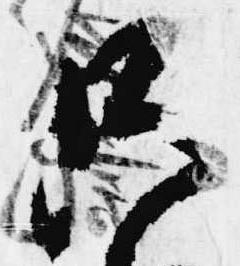
只